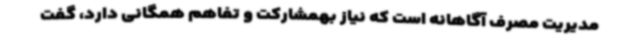
مدیریت مصرف آگاهانه است که نیاز بهمشارکت و تفاهم همگانی دارد، گفت